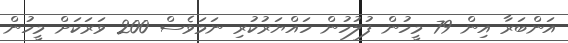
އަންބަރާ އިން 79 މީހުން ފުލުހުން ހައްޔަރުކުރި ނަމަވެސް 200 ވަރަކަށް މީހުން